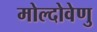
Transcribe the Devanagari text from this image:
मोल्दोवेणु